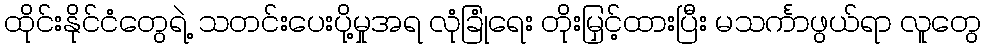
ထိုင်းနိုင်ငံတွေရဲ့ သတင်းပေးပို့မှုအရ လုံခြုံရေး တိုးမြှင့်ထားပြီး မသင်္ကာဖွယ်ရာ လူတွေ